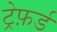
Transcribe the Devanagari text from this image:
ट्रेफ़र्ड